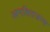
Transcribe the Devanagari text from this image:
आपतितजन्य